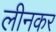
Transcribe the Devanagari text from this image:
लीनकर